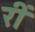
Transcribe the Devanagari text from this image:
रीं